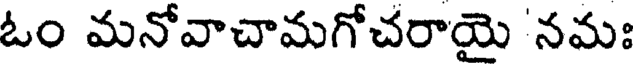
ఓం మనోవాచామగోచరాయై 'నమః